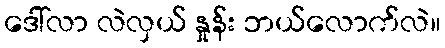
ဒေါ်လာ လဲလှယ် နှုန်း ဘယ်လောက်လဲ။